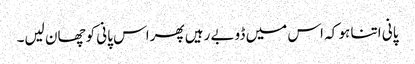
پانی اتنا ہو کہ اس میں ڈوبے رہیں پھراس پانی کوچھان لیں۔